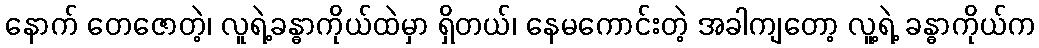
နောက် တေဇောတဲ့၊ လူရဲ့ခန္ဓာကိုယ်ထဲမှာ ရှိတယ်၊ နေမကောင်းတဲ့ အခါကျတော့ လူ့ရဲ့ ခန္ဓာကိုယ်က